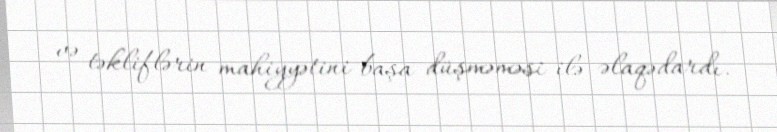
və təkliflərin mahiyyətini başa düşməməsi ilə əlaqədardı.